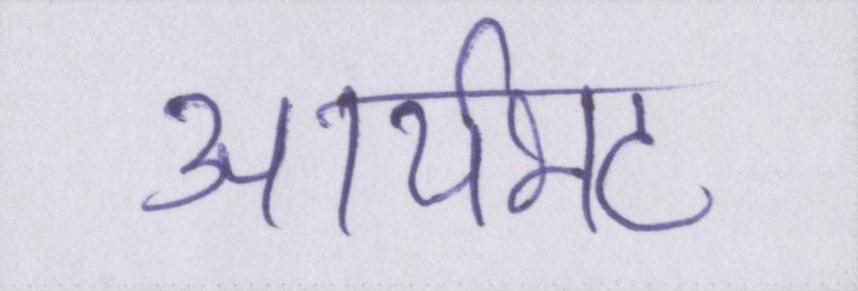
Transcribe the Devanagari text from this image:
आर्यभट